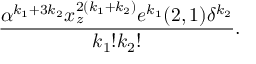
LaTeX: { \frac { \alpha ^ { k _ { 1 } + 3 k _ { 2 } } x _ { z } ^ { 2 ( k _ { 1 } + k _ { 2 } ) } e ^ { k _ { 1 } } ( 2 , 1 ) \delta ^ { k _ { 2 } } } { k _ { 1 } ! k _ { 2 } ! } } .